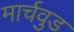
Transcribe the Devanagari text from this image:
मार्चवुड